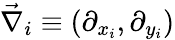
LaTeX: \vec{\nabla}_{i}\equiv(\partial_{x_{i}},\partial_{y_{i}})